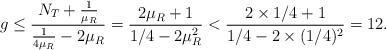
LaTeX: \begin{align*}g\le\frac{N_T+\frac{1}{\mu_R}}{\frac{1}{4\mu_R}-2\mu_R}=\frac{2\mu_R+1}{1/4-2\mu_R^2}< \frac{2\times 1/4+1}{1/4-2\times (1/4)^2}=12.\end{align*}